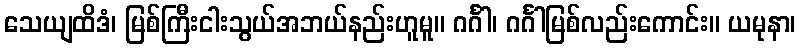
သေယျထိဒံ၊ မြစ်ကြီးငါးသွယ်အဘယ်နည်းဟူမူ။ ဂင်္ဂါ၊ ဂင်္ဂါမြစ်လည်းကောင်း။ ယမုနာ၊